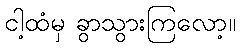
ငါ့ထံမှ ခွာသွားကြလော့။